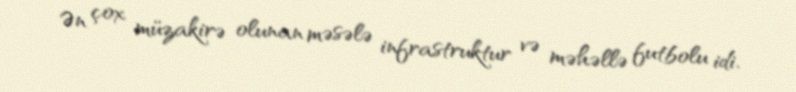
Ən çox müzakirə olunan məsələ infrastruktur və məhəllə futbolu idi.